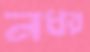
নধর